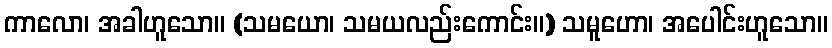
ကာလော၊ အခါဟူသော။ (သမယော၊ သမယလည်းကောင်း။) သမူဟော၊ အပေါင်းဟူသော။